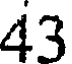
43